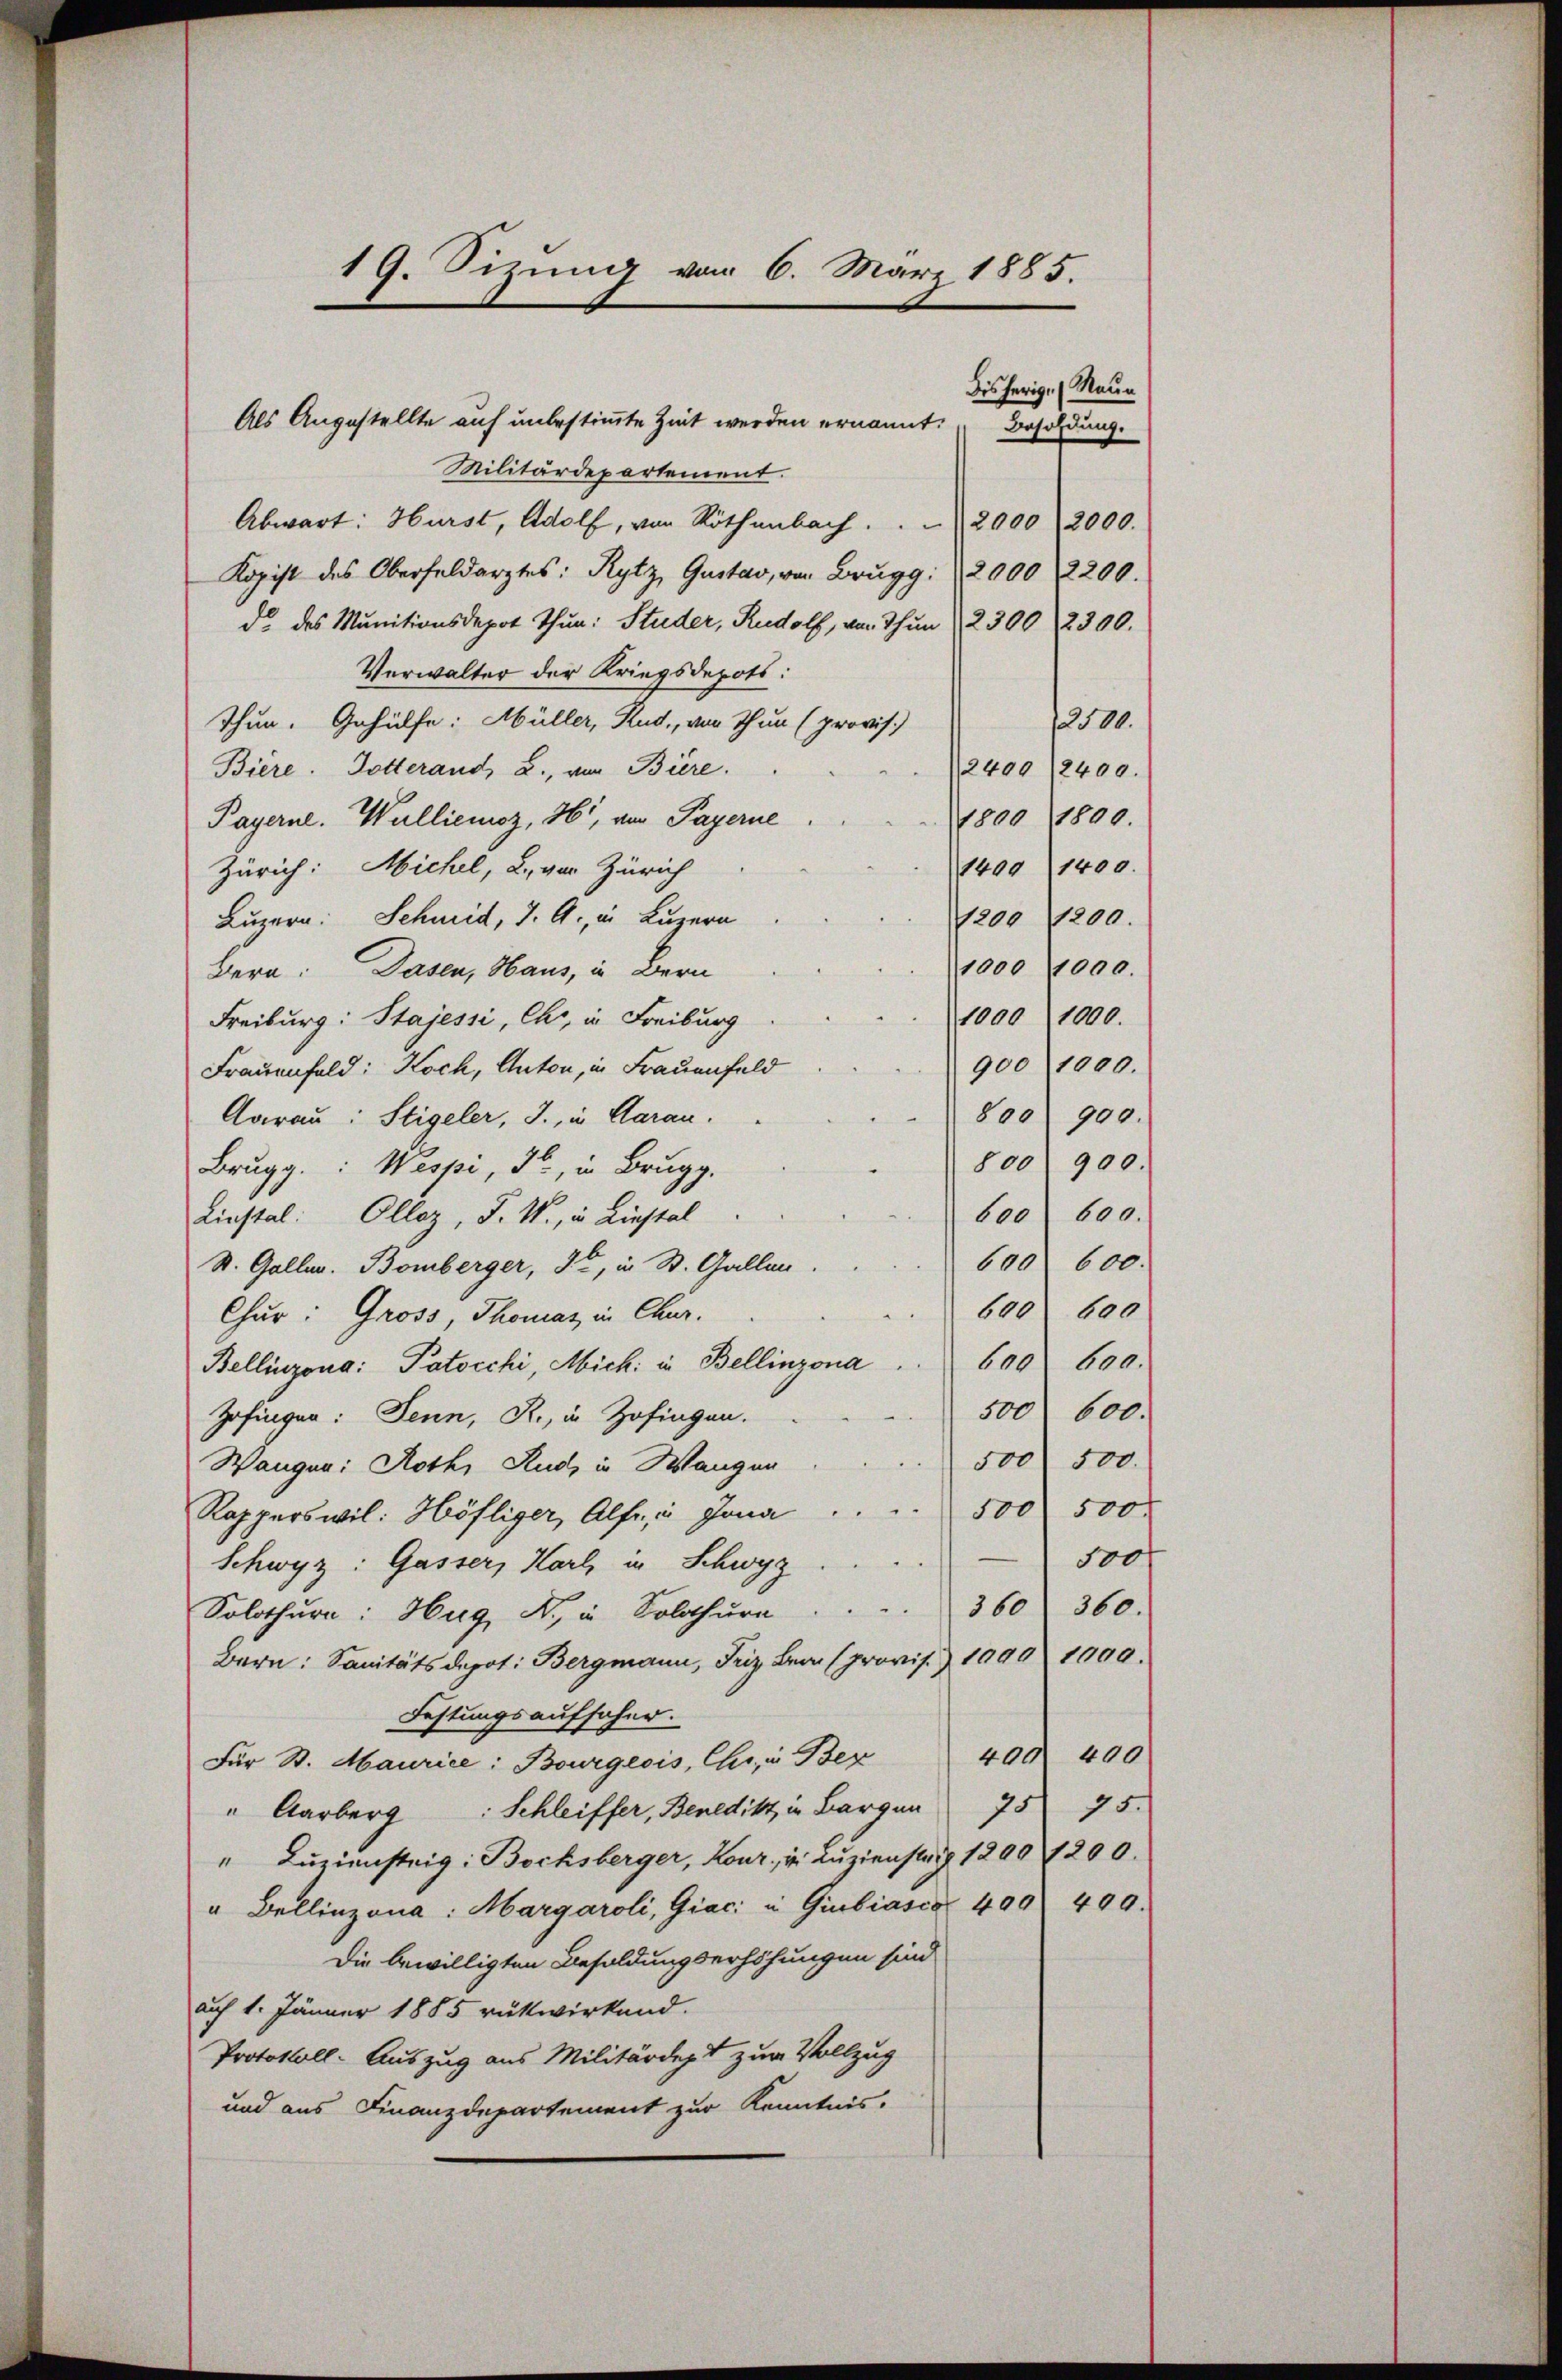
Militärdepartement.
Abwart: Hurst, Adolf, von Röthenbach.    2000, 2000.
Kopist des Oberfeldarztes: Rytz, Gustav, von Brugg: 12000 2200.
de des Munitionsdepot Thun: Studer, Rudolf, von Thun 2300 2300.
Verwalter der Kriegsdepots:
00
Thun. Gehülfe: Müller, Rud., von Thun (provis
Biere. Dotterand, 2., von Biere.
2400/2400.
1800 1890.
Payerne. Wallieioz, 361, von Payerne
Zürich: Michel, L., von Zürich
1400 (1400
Luzern: Schmid, J. G., in Luzern
1200 1200.
1000 1000.
Bern: Dasen, Haus, in Bern
10001000.
Freiburg: Stajessi, Chr, in Freiburg
9001000.
Frauenfeld: Koch, Anton, in Frauenfeld
800 900.
Aarau: Stigeler, J., in Aaran.
800 900.
Brugg. Wespi, 32, in Brugg,
600 600.
Linstal: Olloz, F. W., in Liestal
600 600.
St. Galler. Bomberger, Ja, in St. Gallen.
600 600
Chur: Gross, Thomas in Chur.
Bellinzona: Patocchi, Mich in Bellinzona . . 600 600.
500 600.
Zofingen: Jenn, R., in Zofingen.
500 500.
Wangen: Roth, Rud, in Wangen
Rapperswil: Höfliger, Alfr, u. Jona . . . . 500 500
500
Schwyz: Gasser, Karl in Schwyz ...
Solothurn: Hug, B. in Solothurn . . . . 360 360.
Bern: Sanitäts depot: Bergmann, Friz Bra (provis. 1090 1000.
Festungsaufscher.
Für St. Maurice: Bourgeois, Chr, in Ber 400. 400
" Aarberg: Schleiffer, Benedikt in Bargen 75 75.
" Luziensteig: Bochsberger, Kour, in Luzienstag 1290 1200.
" Bellinzona. Margaroli, Giac u Giubiasca 490 400.
Die bewilligten Besoldungserhöhungen sind
auf 1. Jänner 1885 rükwirkend.
Protokoll. Auszug aus Militärdept zur Vollzug
und aus Finanzdepartement zur Kenntnis-

19. Sizung vom 6. März 1885.
Bisherig. (Raun
Als Angestellte auf unbestimmte Zeit werden ernannt. Besoldung